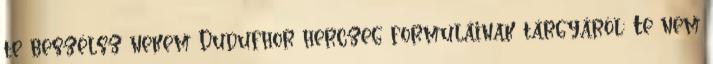
te beszélsz nekem Dudufhor herczeg formuláinak tárgyáról: Te nem